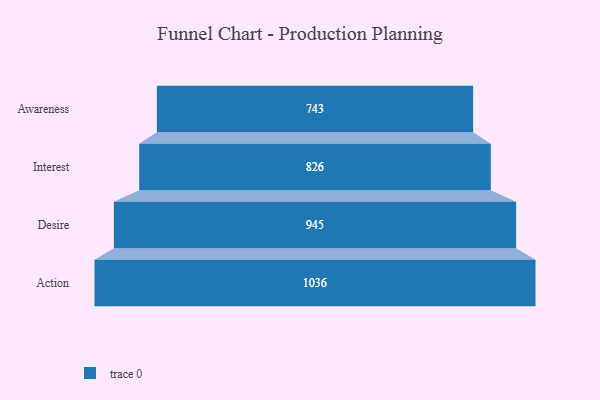
{"axis": {"x": "Stage", "y": "Value"}, "legend": [""], "data": [{"x": "Awareness", "y": 743.0, "type": ""}, {"x": "Interest", "y": 826.0, "type": ""}, {"x": "Desire", "y": 945.0, "type": ""}, {"x": "Action", "y": 1036.0, "type": ""}]}